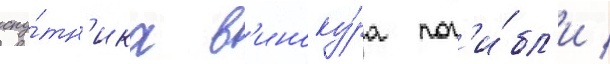
спу́тн'ика в'иноку́ра пог'и́бл'и /